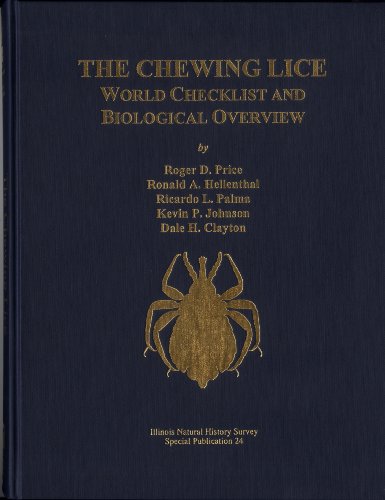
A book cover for Chewing Lice: World Checklist and Biological Overview (Special Publication 24); Ronald A. Hellenthal, Ri Roger D. Price; Health, Fitness & Dieting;